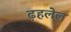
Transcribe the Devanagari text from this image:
ढ़हलेल